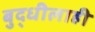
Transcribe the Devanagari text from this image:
बुद्धीलाही